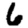
Digit: 6